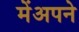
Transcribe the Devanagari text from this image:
मेंअपने